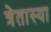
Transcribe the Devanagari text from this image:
त्रेतास्या